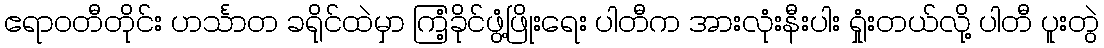
ဧရာဝတီတိုင်း ဟင်္သာတ ခရိုင်ထဲမှာ ကြံ့ခိုင်ဖွံ့ဖြိုးရေး ပါတီက အားလုံးနီးပါး ရှုံးတယ်လို့ ပါတီ ပူးတွဲ